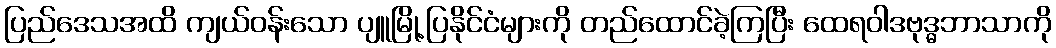
ပြည်ဒေသအထိ ကျယ်ဝန်းသော ပျူမြို့ပြနိုင်ငံများကို တည်ထောင်ခဲ့ကြပြီး ထေရဝါဒဗုဒ္ဓဘာသာကို